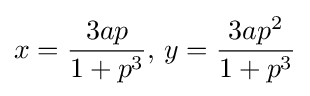
x={{3ap} \over {1+p^{3}}},\,y={{3ap^{2}} \over {1+p^{3}}}